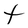
Character: t